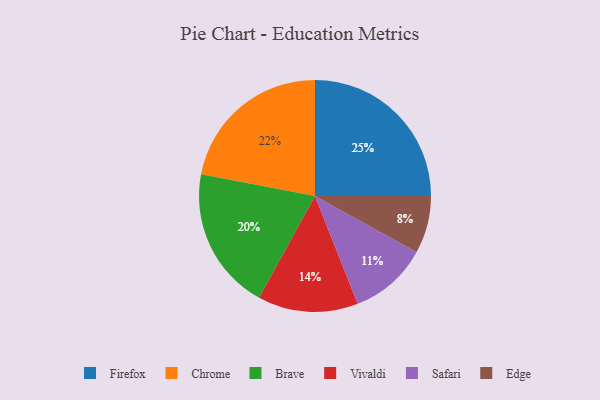
{"axis": {"x": "Category", "y": "Percentage"}, "legend": ["Brave", "Chrome", "Edge", "Firefox", "Safari", "Vivaldi"], "data": [{"x": "Firefox", "y": 25, "type": "Firefox"}, {"x": "Brave", "y": 20, "type": "Brave"}, {"x": "Edge", "y": 8, "type": "Edge"}, {"x": "Vivaldi", "y": 14, "type": "Vivaldi"}, {"x": "Safari", "y": 11, "type": "Safari"}, {"x": "Chrome", "y": 22, "type": "Chrome"}]}